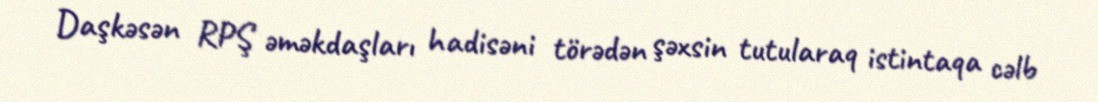
Daşkəsən RPŞ əməkdaşları hadisəni törədən şəxsin tutularaq istintaqa cəlb